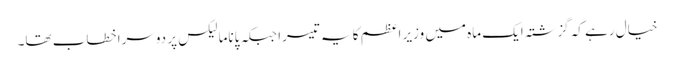
خیال رہے کہ گزشتہ ایک ماہ میں وزیر اعظم کا یہ تیسرا جبکہ پاناما لیکس پر دوسرا خطاب تھا۔